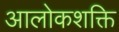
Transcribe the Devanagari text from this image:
आलोकशक्ति